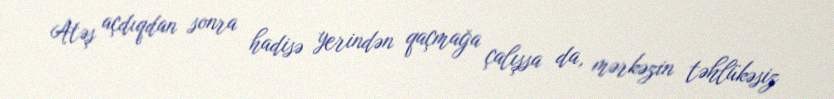
Atəş açdıqdan sonra hadisə yerindən qaçmağa çalışsa da, mərkəzin təhlükəsiz